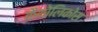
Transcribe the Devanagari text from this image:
कैथोलिकोस